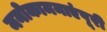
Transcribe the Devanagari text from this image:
मनोकामनाएंपूरी